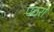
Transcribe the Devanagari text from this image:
पठरों